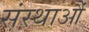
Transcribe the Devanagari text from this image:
संस्थाऔं